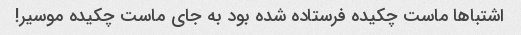
اشتباها ماست چکیده فرستاده شده بود به جای ماست چکیده موسیر!